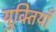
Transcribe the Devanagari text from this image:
युक्‍तियॉं